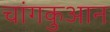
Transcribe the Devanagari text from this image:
चांगकुआन